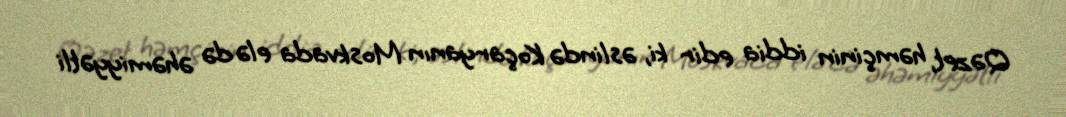
Qəzet, həmçinin iddia edir ki, əslində Koçaryanın Moskvada elə də əhəmiyyətli